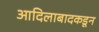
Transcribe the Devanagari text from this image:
आदिलाबादकडून